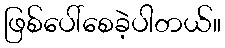
ဖြစ်ပေါ်စေခဲ့ပါတယ်။